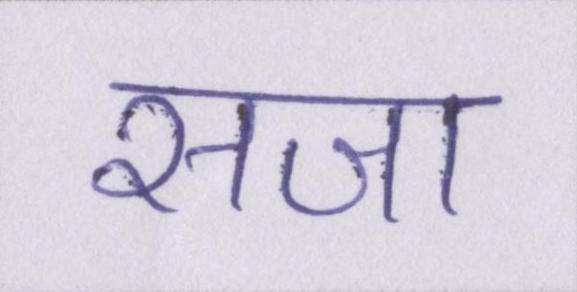
सजा